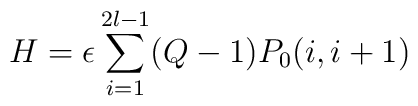
H=\epsilon\sum_{i=1}^{2l-1}(Q-1)P_{0}(i,i+1)